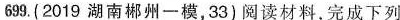
699.(2019湖南郴州一模，33)阅读材料，完成下列